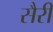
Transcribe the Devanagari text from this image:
सैरी